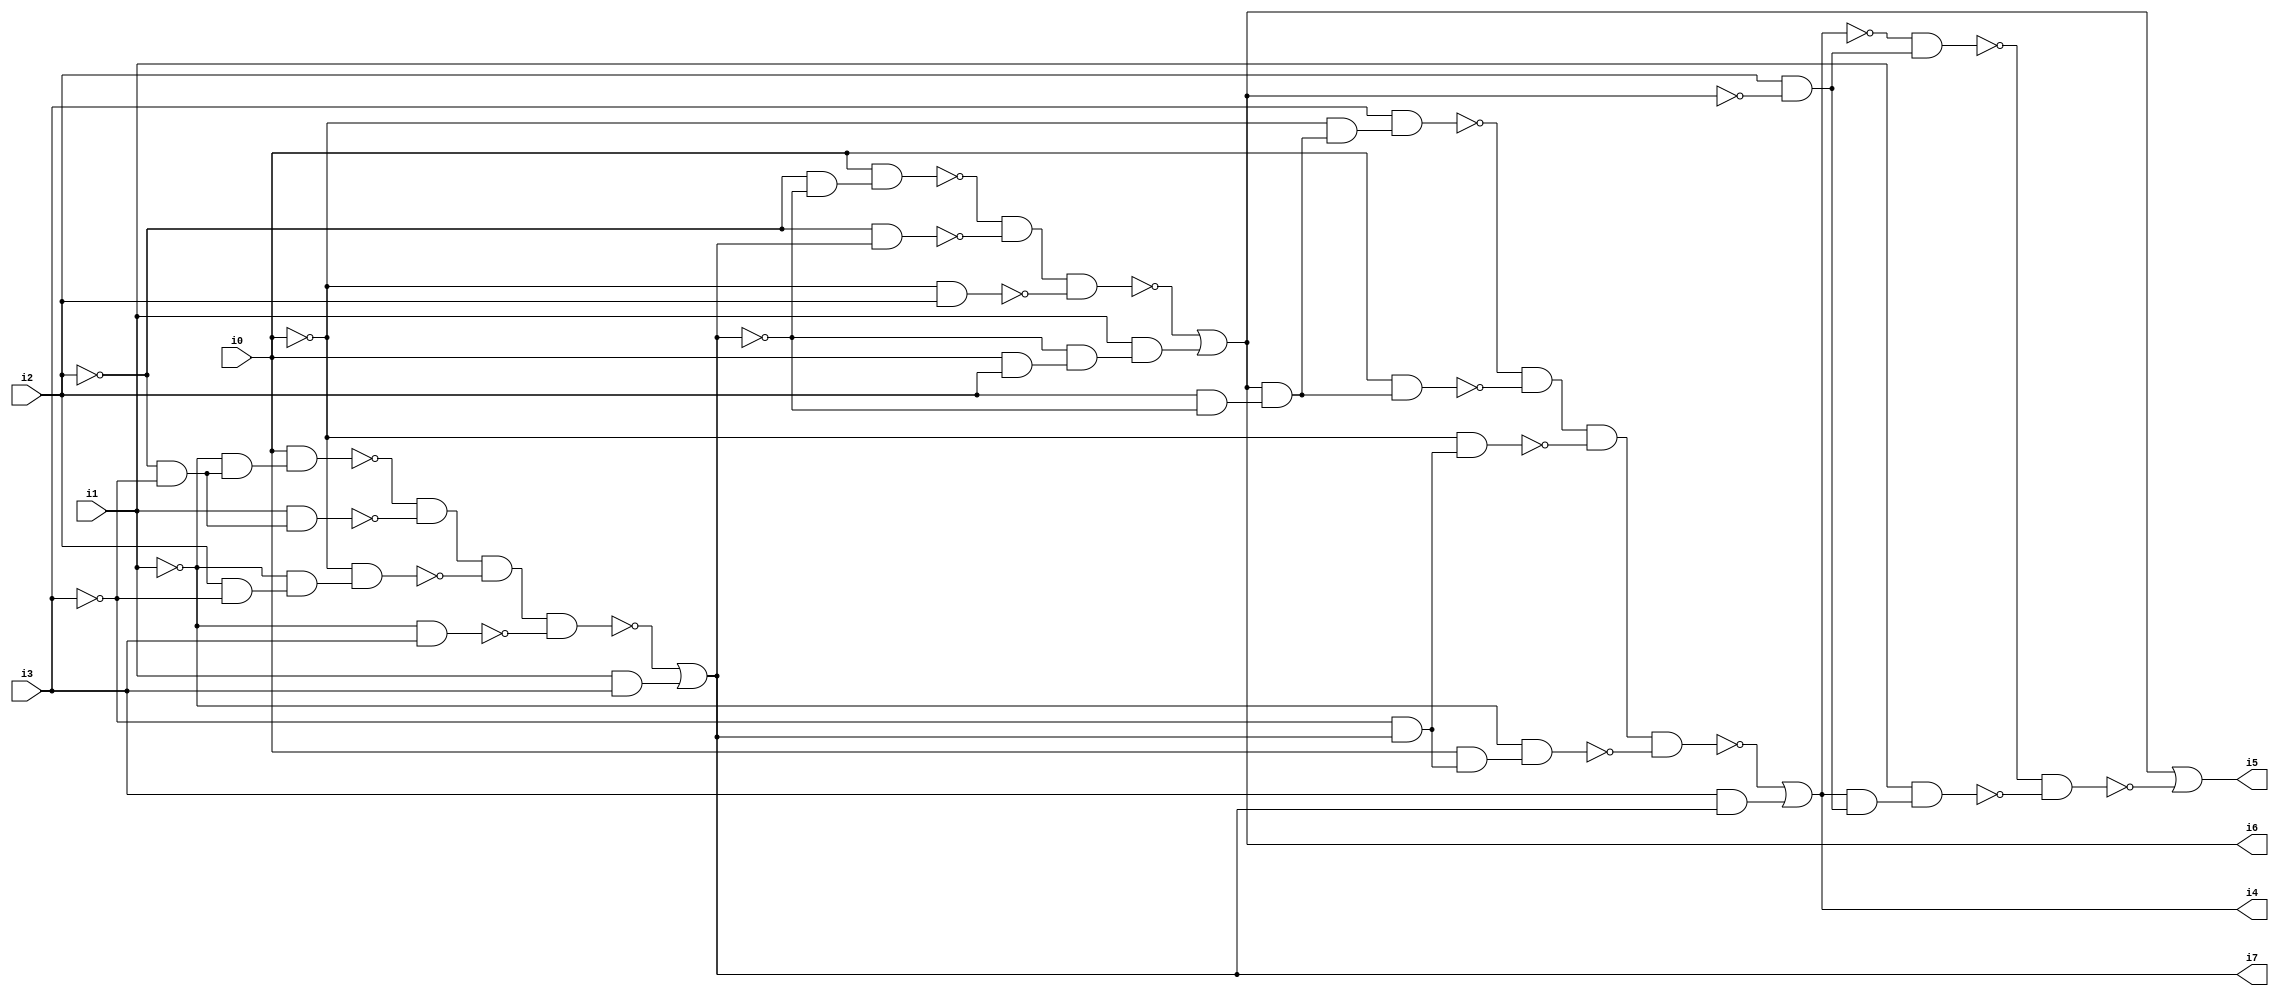
// Benchmark "SKOLEMFORMULA" written by ABC on Mon May  4 05:26:27 2020

module SKOLEMFORMULA ( 
    i0, i1, i2, i3,
    i4, i5, i6, i7  );
  input  i0, i1, i2, i3;
  output i4, i5, i6, i7;
  wire n9, n10, n11, n12, n13, n14, n15, n16, n17, n18, n19, n20, n22, n23,
    n24, n25, n26, n27, n28, n29, n30, n32, n33, n34, n35, n36, n37, n38,
    n39, n40, n41, n42, n43, n44, n46, n47, n48, n49, n50;
  assign n9 = ~i2 & ~i3;
  assign n10 = ~i1 & n9;
  assign n11 = i0 & n10;
  assign n12 = i1 & n9;
  assign n13 = ~n11 & ~n12;
  assign n14 = i2 & ~i3;
  assign n15 = ~i1 & n14;
  assign n16 = ~i0 & n15;
  assign n17 = n13 & ~n16;
  assign n18 = ~i1 & i3;
  assign n19 = n17 & ~n18;
  assign n20 = i1 & i3;
  assign i7 = ~n19 | n20;
  assign n22 = ~i2 & ~i7;
  assign n23 = i0 & n22;
  assign n24 = ~i2 & i7;
  assign n25 = ~n23 & ~n24;
  assign n26 = ~i0 & i2;
  assign n27 = n25 & ~n26;
  assign n28 = i0 & i2;
  assign n29 = ~i7 & n28;
  assign n30 = i1 & n29;
  assign i6 = ~n27 | n30;
  assign n32 = i2 & ~i7;
  assign n33 = i6 & n32;
  assign n34 = ~i0 & n33;
  assign n35 = i3 & n34;
  assign n36 = i0 & n33;
  assign n37 = ~n35 & ~n36;
  assign n38 = ~i3 & i7;
  assign n39 = ~i0 & n38;
  assign n40 = n37 & ~n39;
  assign n41 = i0 & n38;
  assign n42 = ~i1 & n41;
  assign n43 = n40 & ~n42;
  assign n44 = i3 & i7;
  assign i4 = ~n43 | n44;
  assign n46 = i2 & ~i6;
  assign n47 = ~i4 & n46;
  assign n48 = i4 & n46;
  assign n49 = i1 & n48;
  assign n50 = ~n47 & ~n49;
  assign i5 = i6 | ~n50;
endmodule